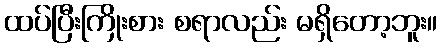
ထပ်ပြီးကြိုးစား စရာလည်း မရှိတော့ဘူး။